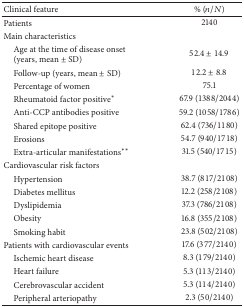
<table><thead><tr><td><b>Clinical feature</b></td><td><b>% (<i>n</i>/<i>N</i>)</b></td></tr></thead><tbody><tr><td>Patients</td><td>2140</td></tr><tr><td>Main characteristics</td><td> </td></tr><tr><td> Age at the time of disease onset (years, mean ± SD)</td><td>52.4 ± 14.9</td></tr><tr><td> Follow-up (years, mean ± SD)</td><td>12.2 ± 8.8</td></tr><tr><td> Percentage of women </td><td>75.1</td></tr><tr><td> Rheumatoid factor positive*</td><td>67.9 (1388/2044)</td></tr><tr><td> Anti-CCP antibodies positive </td><td>59.2 (1058/1786)</td></tr><tr><td> Shared epitope positive </td><td>62.4 (736/1180)</td></tr><tr><td> Erosions</td><td>54.7 (940/1718)</td></tr><tr><td> Extra-articular manifestations**</td><td>31.5 (540/1715)</td></tr><tr><td>Cardiovascular risk factors </td><td> </td></tr><tr><td> Hypertension </td><td>38.7 (817/2108)</td></tr><tr><td> Diabetes mellitus </td><td>12.2 (258/2108)</td></tr><tr><td> Dyslipidemia </td><td>37.3 (786/2108)</td></tr><tr><td> Obesity </td><td>16.8 (355/2108)</td></tr><tr><td> Smoking habit</td><td>23.8 (502/2108)</td></tr><tr><td>Patients with cardiovascular events</td><td>17.6 (377/2140)</td></tr><tr><td> Ischemic heart disease</td><td>8.3 (179/2140)</td></tr><tr><td> Heart failure</td><td>5.3 (113/2140)</td></tr><tr><td> Cerebrovascular accident</td><td>5.3 (114/2140)</td></tr><tr><td> Peripheral arteriopathy</td><td>2.3 (50/2140)</td></tr></tbody></table>